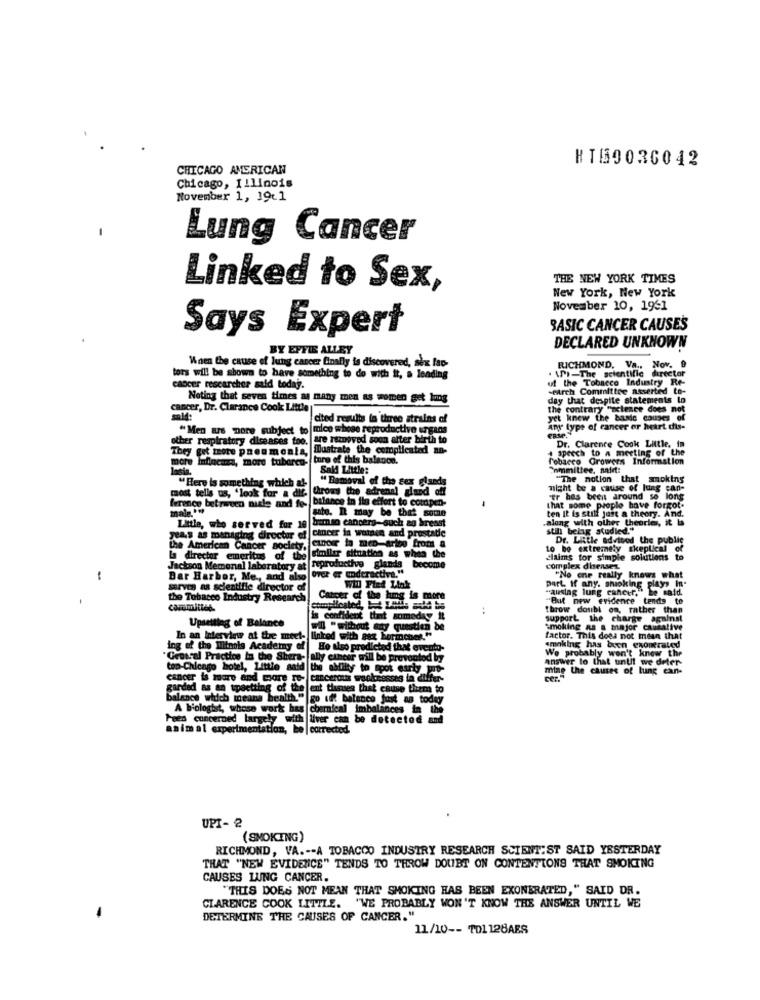
KT59036042
CHICAGO AMERICAN
Chicago, Illinois
November 1, 1961
-
Lung Cancer
THE NEW YORK TIMES
Linked to Sex,
New York, New York
November 10, 1961
Says Expert
BASIC CANCER CAUSES
BY EFFIE ALLEY
DECLARED UNKNOWN
Wnen the cause of lung cancer Ginally is discovered, sex fac-
. \)-The scientific director
RICHMOND, Va ., Nov. 9
tors will be shown to have something to do with it, a leading
ut the Tobacco Industry Re-
cancer researcher said todaj.
-eArch Committee asserted to-
Noting that seven times as many men as women get long
day that despite statements lo
cancer, Dr. Clarance Cook Little
the contrary "science does not
cited results in three strains of
yet knew the basic causes of
"Men are more subject to mico whose reproductive ungens
Any type of cancer or heart dis-
other respiratory diseases too. are ranoved soon after birth to
They get more pneumonia,
Dustrate the complicated an-
+ speech to a meeting of the
Dr. Clarence Cook Little. in
ture of this balance.
Tobacco Growers Information
more Infinesam, more tubercu-
Sald Little:
Committee, said:
" Removal of the sex giseds
"The notion that smoking
"Here is something which al-
Chroms the adrenal gland off
night be a cause of lung can-
most tells us, 'look for a dif-
balance in lin effort to compen-
"Er has been around so long
ference betreuen nisle and fe-
male **
ute. R may be that some
that some people have forgot.
ten It is still just a theory. And.
Little, who served for 19 biman cancero-such an breast
.along with other theorie, it b
Little, who served for 19
cancer in wainca and prestatie
still belag atudied."
Jeas as managing director di
cancer to meo-arise from a
Dr. Little advised the public
the American Cancer society.
Lo be extremely skeptical of
emeritus of the
similar situation as when the
claims for simple solutions to
Jackson Memorial laboratory at
reproductive glands become
complex dienses
-
Bar Harbor, Me ., and also
"No one really knows what
serves as scientific director of
WIl Fied Link
part, if any. shioking plays In'
"auslag lung cancer, be said.
the Tobacco Industry Research
Carrer of the hmg is more
"But new evidence tends to
:
throw doubt os, rather than
Upsetting of Balance
Is confident that someday it
support the charge against
.Il "without any question be
smoking as a major causalive
In an Interview at the meel- linked with axx boriches."
factor. This does not mean that
ing of the Hitnois Academy of
Ho also predicted that evento-
smoking has been exoperated
We probably won't know the
"General Practice in the Shera- ally cancer will be prevented by
ycineer will be prevented by
answer to that until we deter-
top-Chicago hotel, Little said
the ability to spot early it-
mine the causes of lung can-
cancer is more and more re- cancerous wooknesses in differ-
garded as an tpsetting of the ent tissues thet cause them to
balance which means health." go off balenco just as today
A biologist, whose work has chemical imbalances in the
Feed concerned largely with liver can be detected and
animal experimentation, be | corrected
UPI- 2
(SMOKING)
RICHMOND, VA .-- A TOBACCO INDUSTRY RESEARCH SCIENTIST SAID YESTERDAY
THAT "NEW EVIDENCE" TENDS TO THROW DOUBT ON CONTENTIONS THAT SMOKING
CAUSES LUNG CANCER.
"THIS DOES NOT MEAN THAT SMOKING HAS BEEN EXONERATED," SAID DR.
CLARENCE COOK LITTLE. "WE PROBABLY WON'T KNOW THE ANSWER UNTIL WE
DETERMINE THE CAUSES OF CANCER."
11/10 -- TD1 128ABS